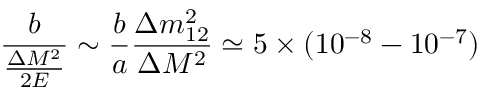
\frac { b } { \frac { \Delta M ^ { 2 } } { 2 E } } \sim \frac { b } { a } \frac { \Delta m _ { 1 2 } ^ { 2 } } { \Delta M ^ { 2 } } \simeq 5 \times ( 1 0 ^ { - 8 } - 1 0 ^ { - 7 } )